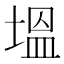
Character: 塭